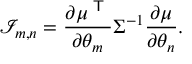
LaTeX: { \mathcal { I } } _ { m , n } = { \frac { \partial \mu ^ { \textsf { T } } } { \partial \theta _ { m } } } \Sigma ^ { - 1 } { \frac { \partial \mu } { \partial \theta _ { n } } } .